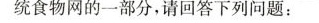
统食物网的一部分，请回答下列问题：